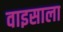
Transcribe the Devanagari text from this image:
वाइसाला